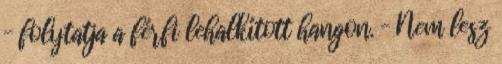
– folytatja a férfi lehalkított hangon. – Nem lesz